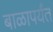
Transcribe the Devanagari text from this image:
बाळापर्यंत